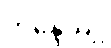
ဘိန္ဒေယျု